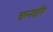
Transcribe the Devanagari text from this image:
चन्नवीर